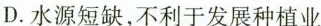
D.水源短缺，不利于发展种植业